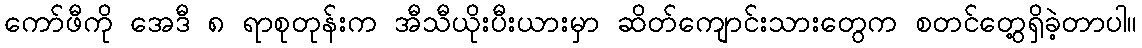
ကော်ဖီကို အေဒီ ၈ ရာစုတုန်းက အီသီယိုးပီးယားမှာ ဆိတ်ကျောင်းသားတွေက စတင်တွေ့ရှိခဲ့တာပါ။